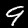
Digit: 9